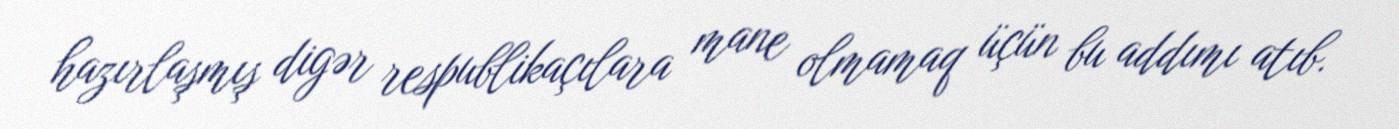
hazırlaşmış digər respublikaçılara mane olmamaq üçün bu addımı atıb.